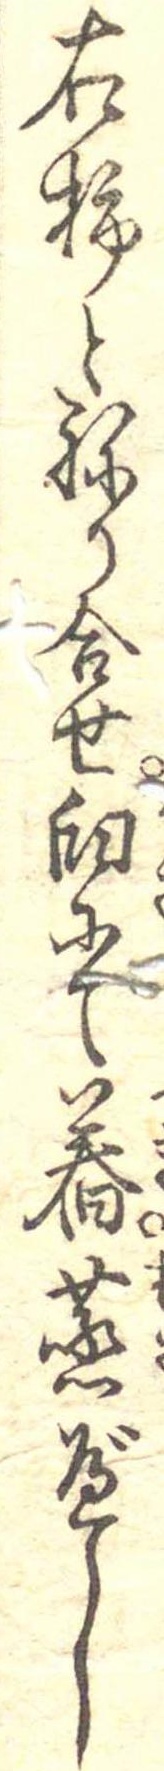
右柿とねり合せ臼にて舂蒸べし